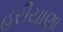
હરીયાણા